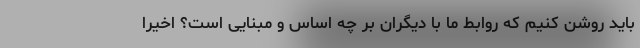
باید روشن کنیم که روابط ما با دیگران بر چه اساس و مبنایی است؟ اخیراً